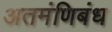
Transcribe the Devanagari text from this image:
अतमंणिबंध